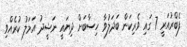
ފެބްރުއަރީ 7 ގައި ވެރިކަން ބަދަލުވާ ހިސާބަށް ދިޔައީ ނަޝީދު އަމަލު ކުރެއްވި